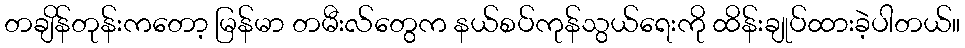
တချိန်တုန်းကတော့ မြန်မာ တမီးလ်တွေက နယ်စပ်ကုန်သွယ်ရေးကို ထိန်းချုပ်ထားခဲ့ပါတယ်။